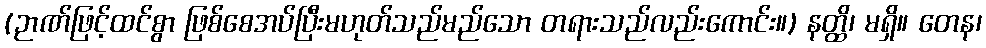
(ဉာဏ်ဖြင့်ထင်စွာ ဖြစ်စေအပ်ပြီးမဟုတ်သည်မည်သော တရားသည်လည်းကောင်း။) နတ္ထိ၊ မရှိ။ တေန၊